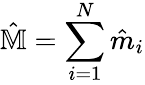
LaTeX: \hat{\mathbb{M}}=\sum_{i=1}^{N}\hat{m}_{i}